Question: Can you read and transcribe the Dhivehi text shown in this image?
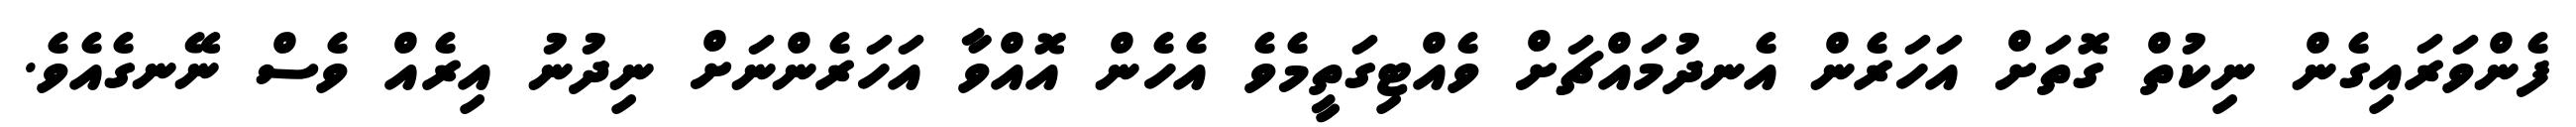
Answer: ފެންވަރައިގެން ނިކުތް ގޮތަށް އަހަރެން އެނދުމައްޗަށް ވެއްޓިގަތީމެވެ އެހެން އޮއްވާ އަހަރެންނަށް ނިދުނު އިރެއް ވެސް ނޭނގެއެވެ.